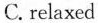
C. relaxed